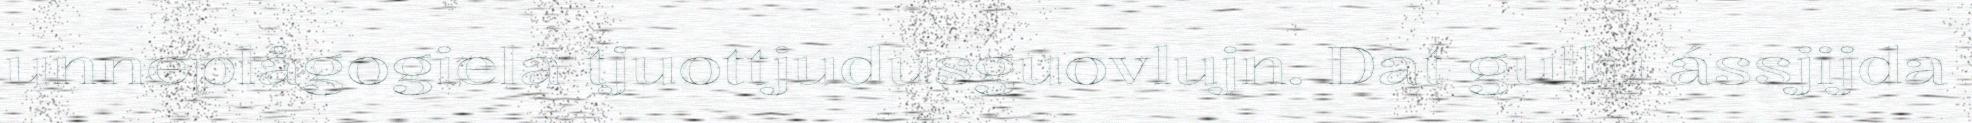
unneplågogiela tjuottjudusguovlujn. Dat gullu ássjijda